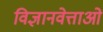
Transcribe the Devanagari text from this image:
विज्ञानवेत्ताओं